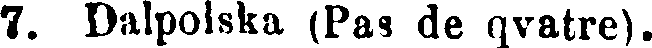
7. Dalpolska (Pas de qvatre).